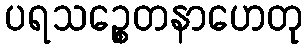
ပရသဉ္စေတနာဟေတု